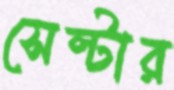
সেল্টার